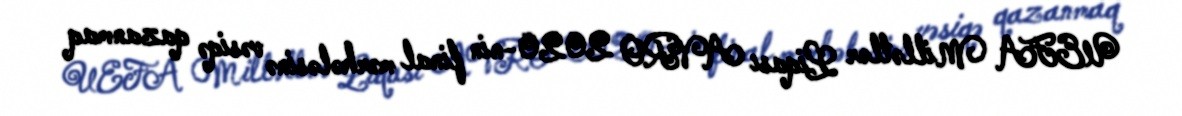
UEFA Millətlər Liqası AVRO 2020-nin final mərhələsinə vəsiqə qazanmaq